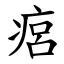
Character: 㾔